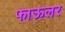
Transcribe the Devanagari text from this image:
फाऊलर